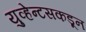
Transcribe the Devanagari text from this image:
युव्हेन्टसकडून